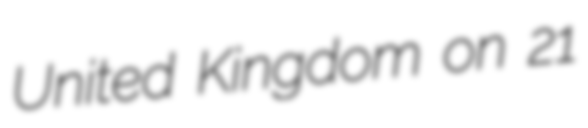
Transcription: United Kingdom on 21